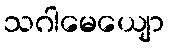
သဂါမေယျော